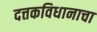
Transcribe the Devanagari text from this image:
दत्तकविधानाचा